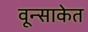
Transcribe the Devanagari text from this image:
वून्साकेत